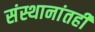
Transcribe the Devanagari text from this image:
संस्थानांतही